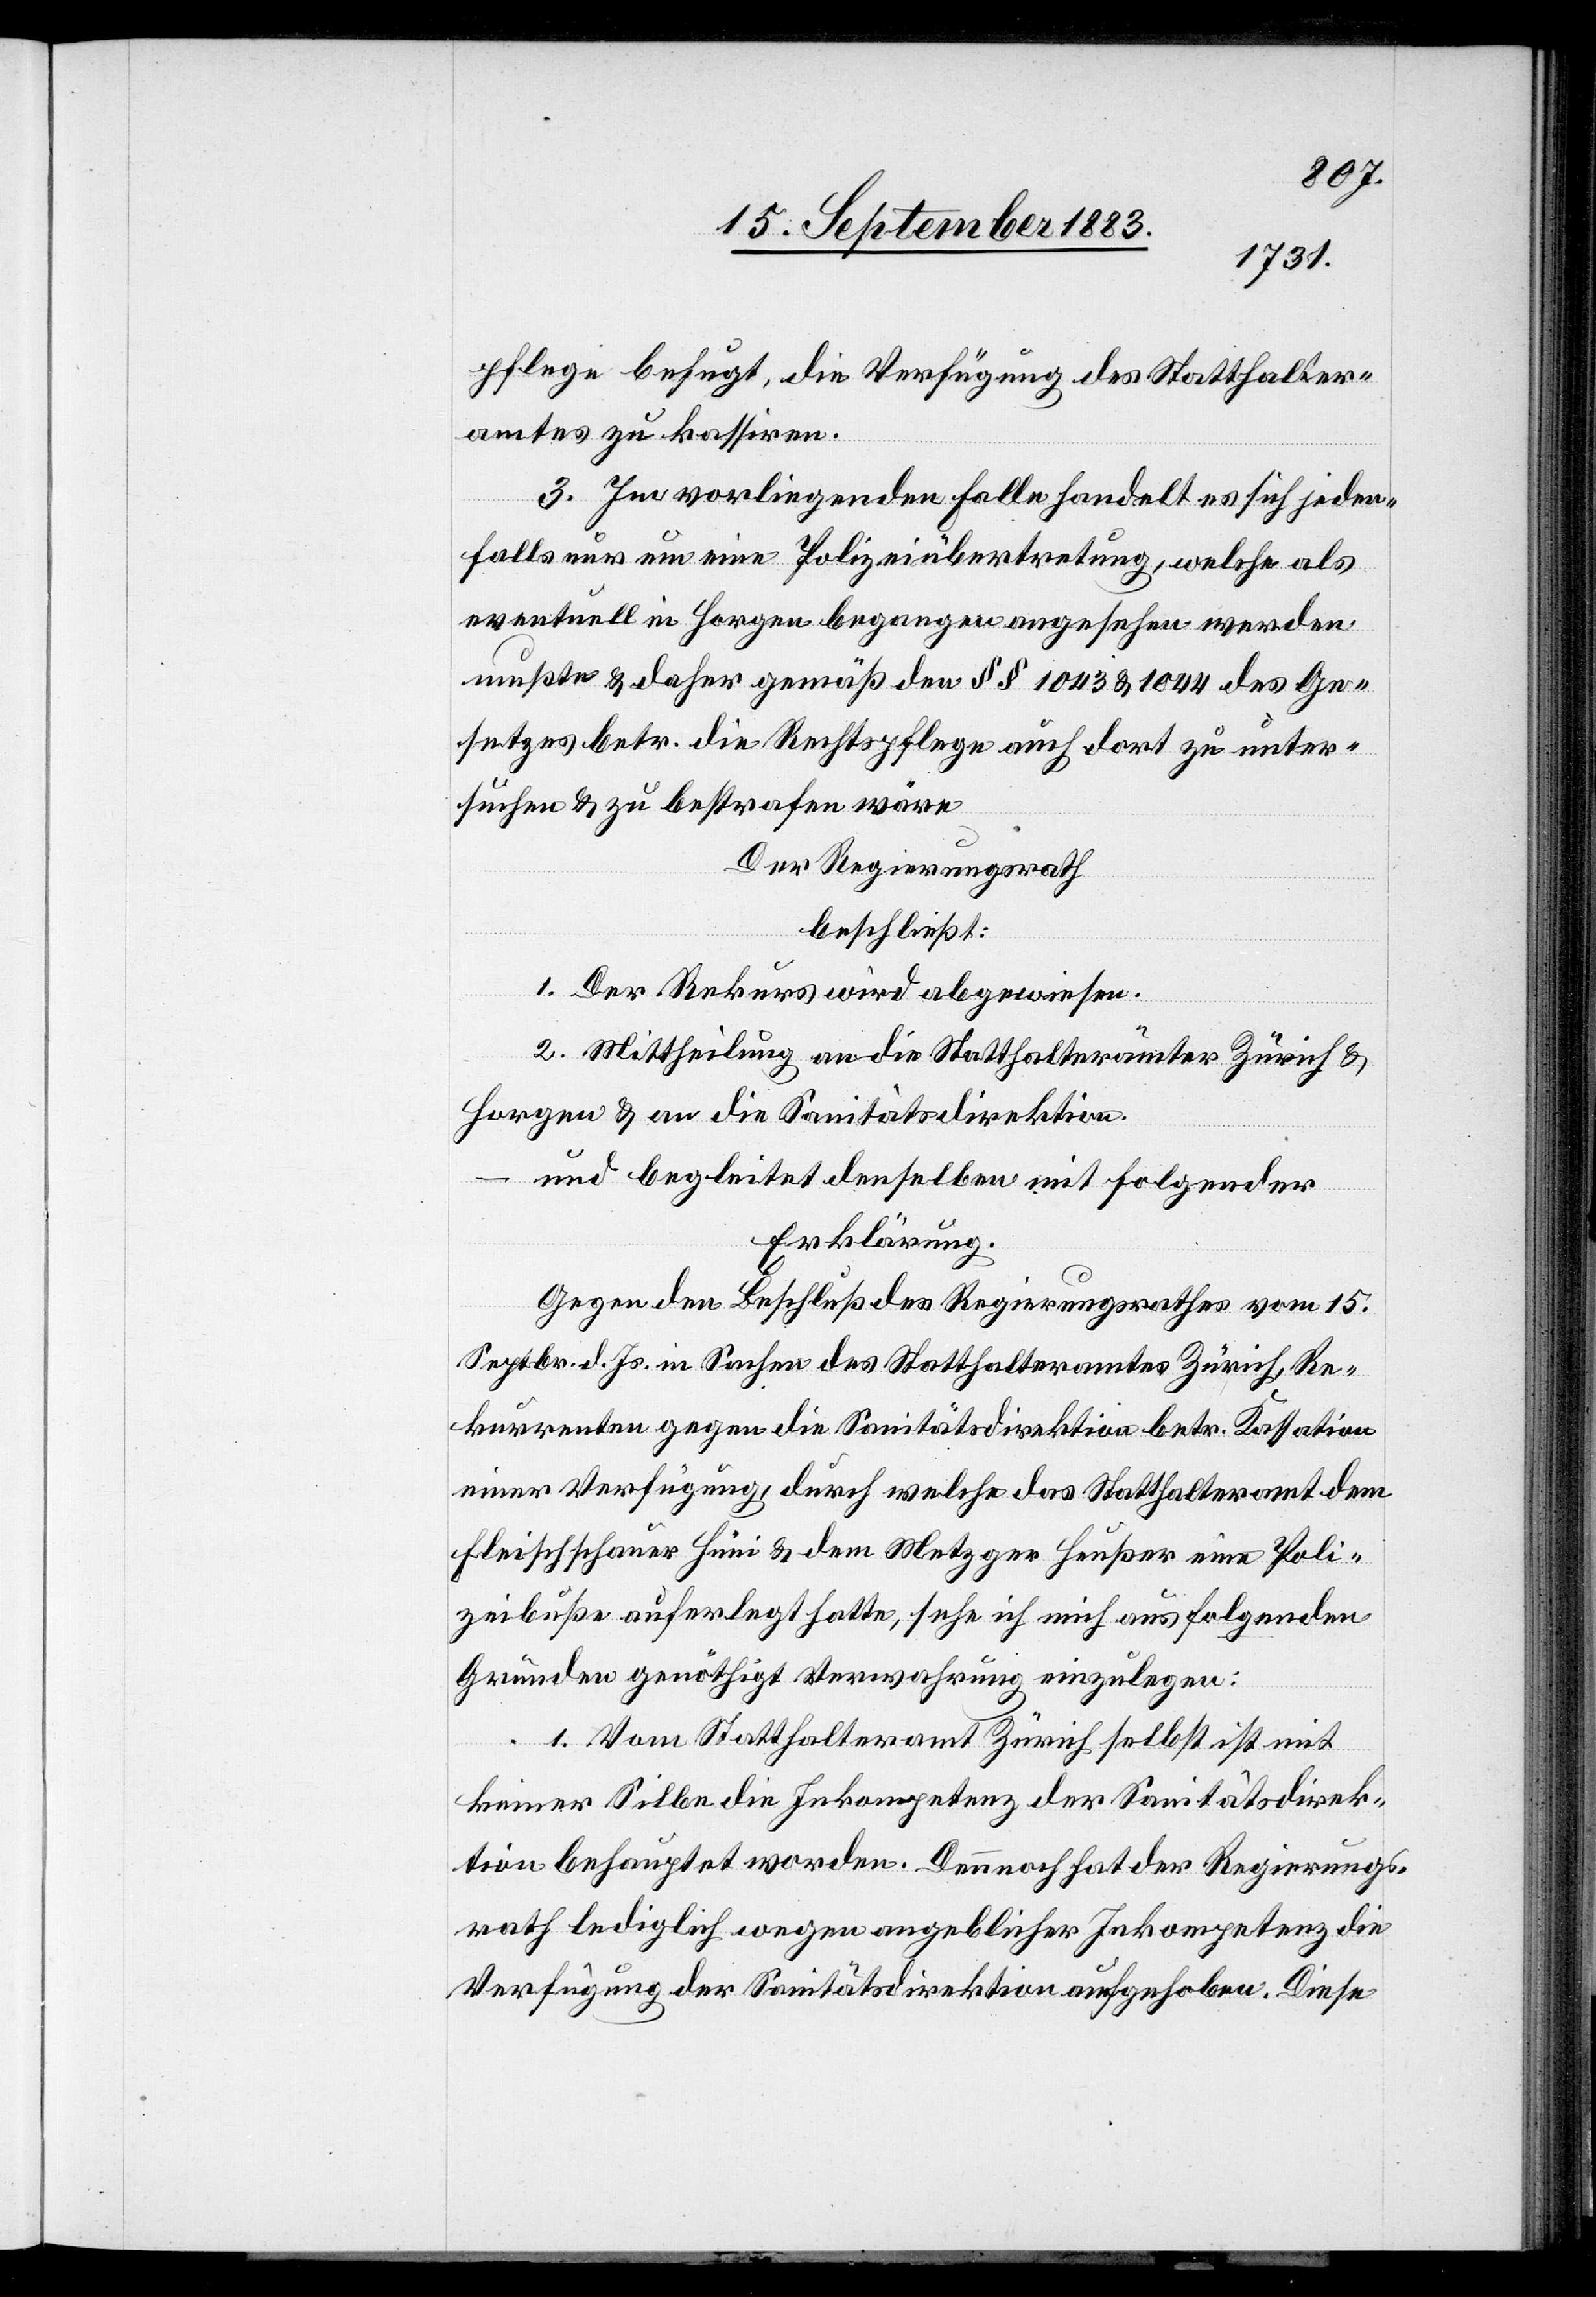
pflege befugt, die Verfügung des Statthalter¬
amtes zu kassiren.
3. Im vorliegenden Falle handelt es sich jeden¬
falls nur um eine Polizeiübertretung, welche als
eventuell in Horgen begangen angesehen werden
mußte & daher gemäß den §§ 1043 & 1044 des Ge¬
setzes betr. die Rechtspflege auch dort zu unter¬
suchen & zu bestrafen wäre.
Der Regierungsrath
beschließt:
1. Der Rekurs wird abgewiesen.
2. Mittheilung an die Statthalterämter Zürich &
Horgen & an die Sanitätsdirektion.
und begleitet denselben mit folgender
Erklärung.
Gegen den Beschluß des Regierungsrathes vom 15.
Septbr. d. Js. in Sachen des Statthalteramtes Zürich, Re¬
kurrenten gegen die Sanitätsdirektion betr. Kassation
einer Verfügung, durch welche das Statthalteramt dem
Fleischschauer Hüni & dem Metzger Heußer eine Poli¬
zeibuße auferlegt hatte, sehe ich mich aus folgenden
Gründen genöthigt Verwahrung einzulegen:
1. Vom Statthalteramt Zürich selbst ist mit
keiner Silbe die Inkompetenz der Sanitätsdirek¬
tion behauptet worden. Dennoch hat der Regierungs¬
rath lediglich wegen angeblicher Inkompetenz die
Verfügung der Sanitätsdirektion aufgehoben. Diese